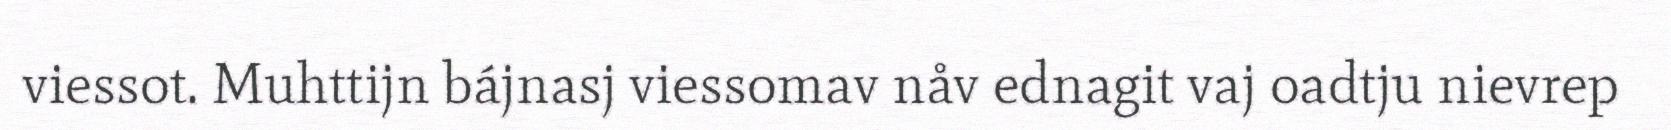
viessot. Muhttijn bájnasj viessomav nåv ednagit vaj oadtju nievrep